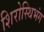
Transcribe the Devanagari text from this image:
शिरोस्थिभंग